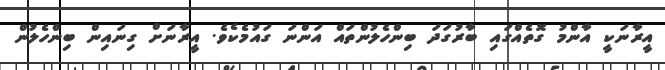
އީރާނަކީ އާންމު ގޮތެއްގައި ބާރުގަދަ ބިންހެލުންތައް އަންނަ ގައުމެކެވެ. އީރާނަށް ގިނައިން ބިންހެލުން